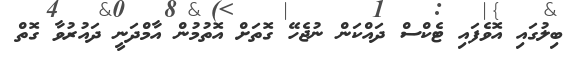
ބިލުގައި އޮވެފައި ޓެކްސް ދައްކަން ނުޖެހޭ ގޮތަށް އޮތުމުން އާމްދަނީ ދައުރުވާ ގޮތް